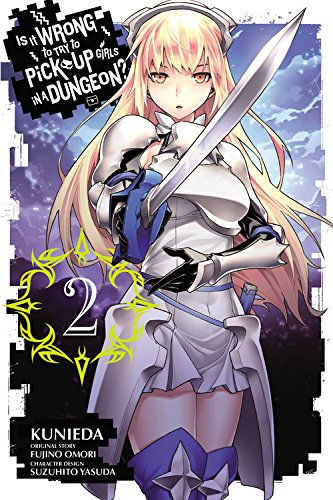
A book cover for Is It Wrong to Try to Pick Up Girls in a Dungeon, Vol. 2; Fujino Omori; Comics & Graphic Novels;